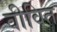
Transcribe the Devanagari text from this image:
वीवित